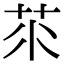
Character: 𦭅